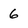
Character: 6